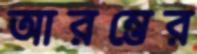
আরম্ভের